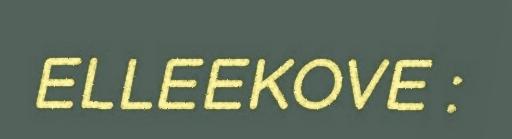
ELLEEKOVE :